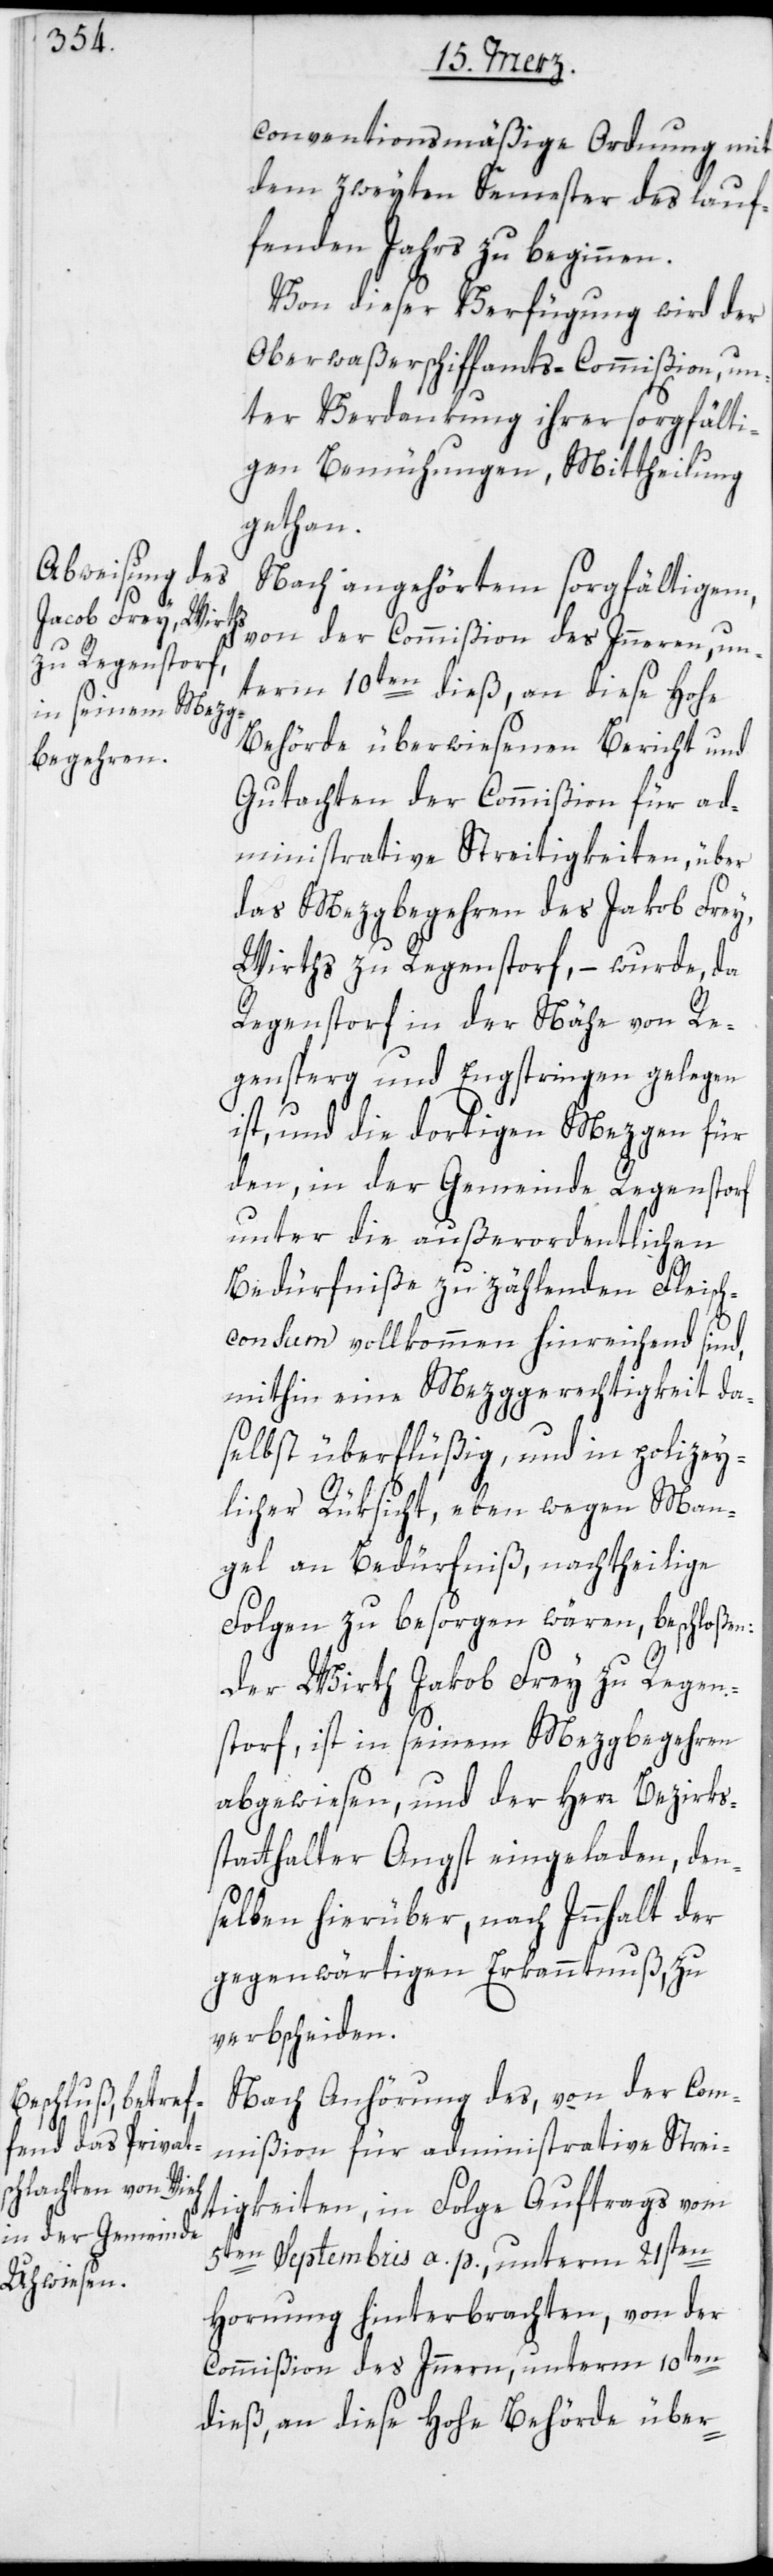
conventionsmäßige Ordnung mit
dem zweyten Semester des lauf¬
fenden Jahrs zu beginnen.
Von dieser Verfügung wird der
Oberwaßerschiffamts-Commißion, un¬
ter Verdankung ihrer sorgfälti¬
gen Bemühungen Mittheilung
gethan.
Nach angehörtem sorgfältigem,
von der Commißion des Inneren, un¬
term 10ten dieß, an diese Hohe
Behörde überwiesenen Bericht und
Gutachten der Commißion für ad¬
ministrative Streitigkeiten, über
das Mezgbegehren des Jakob Frey,
Wirths zu Regenstorf, – wurde, da
Regenstorf in der Nähe von Re¬
gensperg und Engstringen gelegen
ist, und die dortigen Mezgen für
den, in der Gemeinde Regenstorf
unter die außerordentlichen
Bedürfniße zu zählenden Fleisch¬
consum vollkommen hinreichend sind,
mithin eine Mezggerechtigkeit da¬
selbst überflüßig und in polizey¬
licher Rüksicht, eben wegen Man¬
gel an Bedürfniß, nachtheilige
Folgen zu besorgen wären, beschloßen:
Der Wirth Jakob Frey zu Regen¬
storf, ist in seinem Mezgbegehren
abgewiesen, und der Herr Bezirks¬
statthalter Angst eingeladen, dem¬
selben hierüber, nach Innhalt der
gegenwärtigen Erkanntnuß, zu
verbscheiden.
Nach Anhörung des, von der Com¬
mißion für administrative Strei¬
tigkeiten, in Folge Auftrags vom
5ten Septembris a. p., unterm 21sten
Hornung hinterbrachten, von der
Commißion des Inneren, unterm 10ten
dieß, an diese Hohe Behörde über-